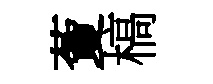
藑槁